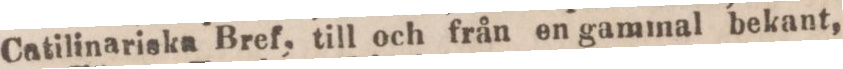
Catilinariska Bref, till och från en gammal bekant,